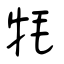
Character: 牦